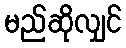
မည်ဆိုလျှင်